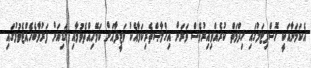
އެކަމަނާއަކީ ހޮސްޕިޓަލުގައި ޚިދްމަތް ކުރެއްވިއިރުވެސް ވަރަށް އިޚްލާޞްތެރިކަމާއެކު ވަޒީފާއަށް ކަމޭހިއްތެވުމާއި ގަޑިއަށް ފަރުވާބެހެއްޓެވުމުގައި